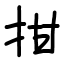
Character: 拑